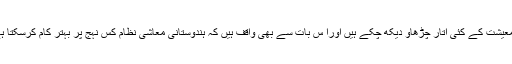
وہ معیشت کے کئی اتار چڑھاو دیکھ چکے ہیں اورا س بات سے بھی واقف ہیں کہ ہندوستانی معاشی نظام کس نہج پر بہتر کام کرسکتا ہے ۔